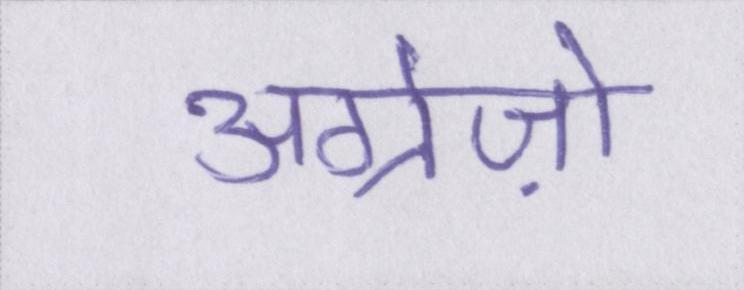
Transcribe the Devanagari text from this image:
अंग्रेज़ो